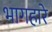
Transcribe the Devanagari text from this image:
भागहारे